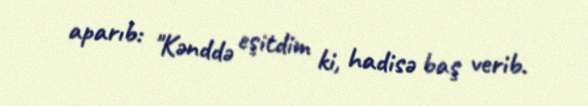
aparıb: "Kənddə eşitdim ki, hadisə baş verib.